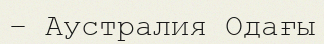
– Аустралия Одағы